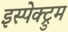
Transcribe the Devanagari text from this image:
इस्पेक्ट्रुम